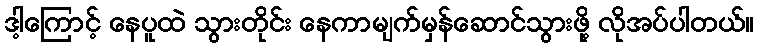
ဒါ့ကြောင့် နေပူထဲ သွားတိုင်း နေကာမျက်မှန်ဆောင်သွားဖို့ လိုအပ်ပါတယ်။